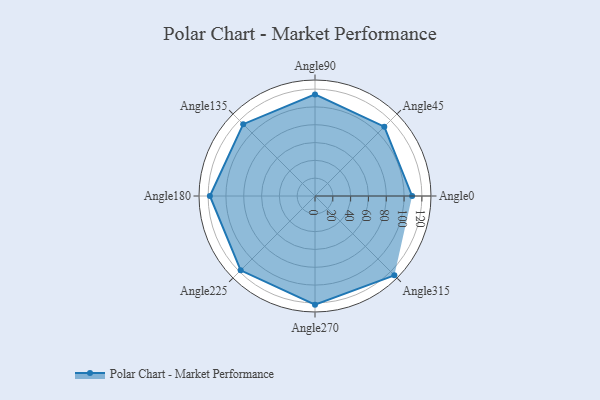
{"axis": {"x": "Angle", "y": "Radius"}, "legend": [""], "data": [{"x": "Angle0", "y": 109.0, "type": ""}, {"x": "Angle45", "y": 110.0, "type": ""}, {"x": "Angle90", "y": 114.0, "type": ""}, {"x": "Angle135", "y": 114.0, "type": ""}, {"x": "Angle180", "y": 118.0, "type": ""}, {"x": "Angle225", "y": 118.0, "type": ""}, {"x": "Angle270", "y": 122.0, "type": ""}, {"x": "Angle315", "y": 126.0, "type": ""}]}